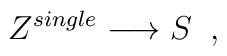
Z^{single} \longrightarrow  S \;\;,